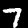
Digit: 7